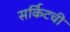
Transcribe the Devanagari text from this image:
सर्किटची